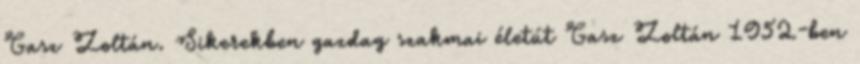
Gasz Zoltán. Sikerekben gazdag szakmai életút Gasz Zoltán 1952-ben